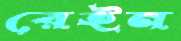
রেইন